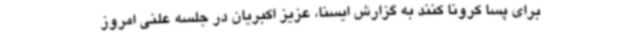
برای پسا کرونا کنند به گزارش ایسنا، عزیز اکبریان در جلسه علنی امروز